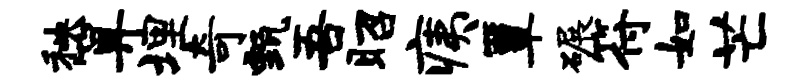
秧算埋奇甄吾昭痍簟碾符如芒